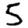
Digit: 5